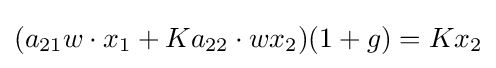
(a_{21}w\cdot x_{1}+Ka_{22}\cdot wx_{2})(1+g)=Kx_{2}